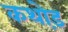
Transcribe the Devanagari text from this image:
कथोड़